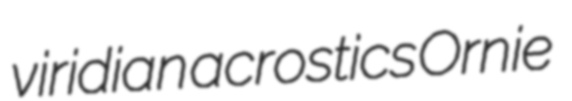
viridian acrostics Ornie